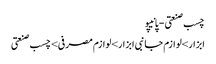
چسب صنعتی - پانیپو
ابزار>لوازم جانبی ابزار>لوازم مصرفی>چسب صنعتی